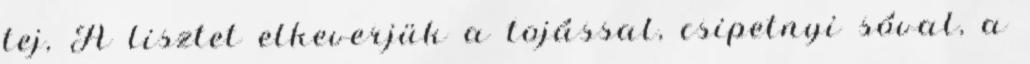
tej, A lisztet elkeverjük a tojással, csipetnyi sóval, a